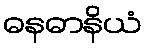
ဓနဓာနိယံ